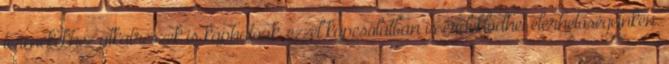
termékekhez alkatrészek is kaphatóak, ezzel kapcsolatban is érdeklődhet elérhetőségeinken.